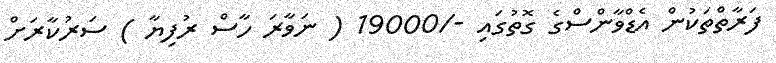
ފަރާތްތަކުން އެޑްވާންސްގެ ގޮތުގައި -/19000 ( ނަވާރަ ހާސް ރުފިޔާ ) ސަރުކާރަށް